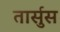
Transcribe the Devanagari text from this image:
तार्सुस